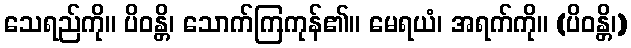
သေရည်ကို။ ပိဝန္တိ၊ သောက်ကြကုန်၏။ မေရယံ၊ အရက်ကို။ (ပိဝန္တိ၊)